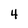
Character: 4